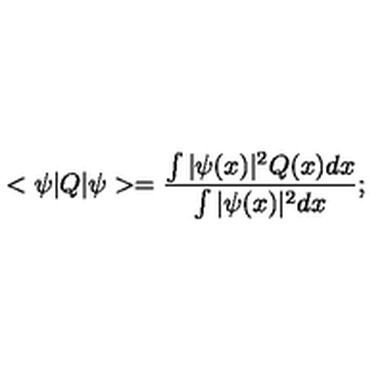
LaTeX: < \psi | Q | \psi > = \frac { \int | \psi ( x ) | ^ { 2 } Q ( x ) d x } { \int | \psi ( x ) | ^ { 2 } d x } ;